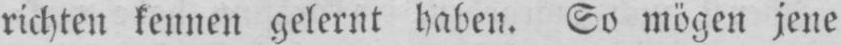
richten kennen gelernt haben. So mögen jene